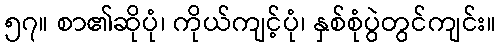
၅၇။ စာ၏ဆိုပုံ၊ ကိုယ်ကျင့်ပုံ၊ နှစ်စုံပွဲတွင်ကျင်း။